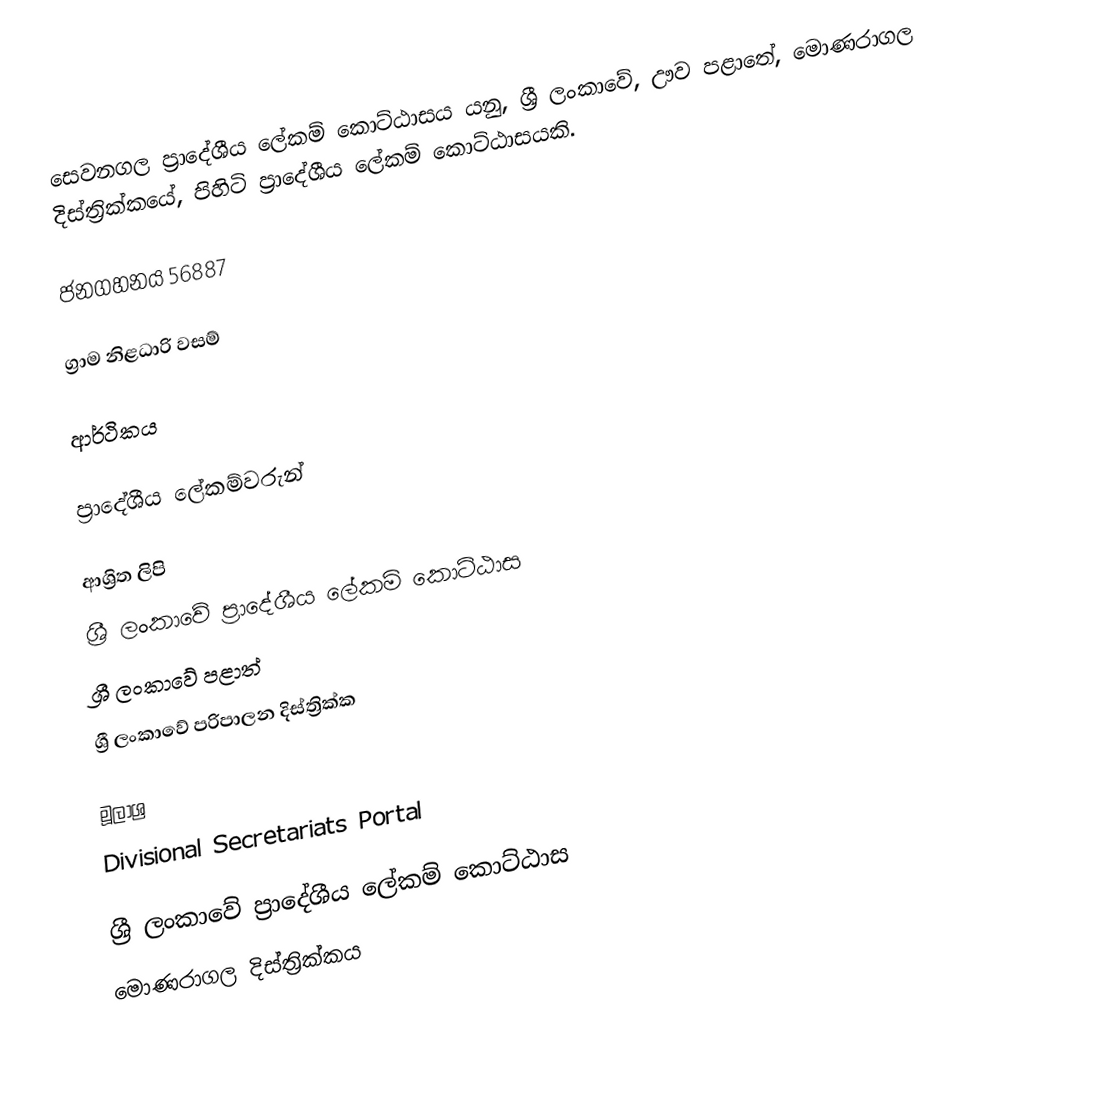
සෙවනගල ප්‍රාදේශීය ලේකම් කොට්ඨාසය යනු,  ශ්‍රී ලංකාවේ, ඌව පළාතේ,   මොණරාගල දිස්ත්‍රික්කයේ, පිහිටි ප්‍රාදේශීය ලේකම් කොට්ඨාසයකි.

ජනගහනය  56887

ග්‍රාම නිළධාරි වසම්

ආර්ථිකය

ප්‍රාදේශීය ලේකම්වරුන්

ආශ්‍රිත ලිපි
ශ්‍රී ලංකාවේ ප්‍රාදේශීය ලේකම් කොට්ඨාස
ශ්‍රී ලංකාවේ පළාත්
ශ්‍රී ලංකාවේ පරිපාලන දිස්ත්‍රික්ක

මූලාශ්‍ර
 Divisional Secretariats Portal

ශ්‍රී ලංකාවේ ප්‍රාදේශීය ලේකම් කොට්ඨාස
මොණරාගල දිස්ත්‍රික්කය